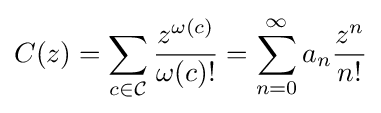
C(z)=\sum _{c\in {\mathcal {C}}}{\dfrac {z^{\omega (c)}}{\omega (c)!}}=\sum _{n=0}^{\infty }a_{n}{\dfrac {z^{n}}{n!}}